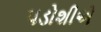
પડોશીએ